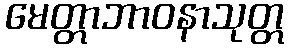
မေတ္တာဘာဝနာသုတ္တ